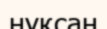
нүқсан